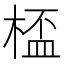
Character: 㮎